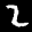
Label: 2